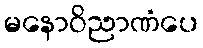
မနောဝိညာဏံပေ